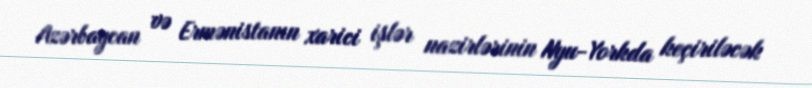
Azərbaycan və Ermənistanın xarici işlər nazirlərinin Nyu-Yorkda keçiriləcək